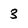
Character: 3